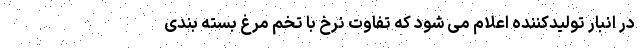
در انبار تولیدکننده اعلام می شود که تفاوت نرخ با تخم مرغ بسته بندی